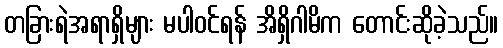
တခြားရဲအရာရှိများ မပါဝင်ရန် အိရှိဂါမိက တောင်းဆိုခဲ့သည်။